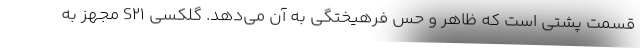
قسمت پشتی است که ظاهر و حس فرهیختگی به آن می‌دهد. گلکسی S21 مجهز به